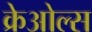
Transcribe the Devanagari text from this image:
क्रेओल्स